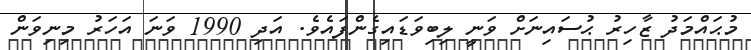
މުޙައްމަދު ޒާހިރު ޙުސައިނަށް ވަނީ ލިބިވަޑައިގެންފައެވެ. އަދި 1990 ވަނަ އަހަރު މިނިވަން